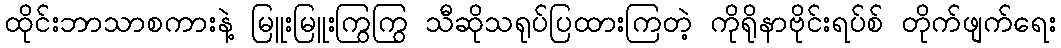
ထိုင်းဘာသာစကားနဲ့ မြူးမြူးကြွကြွ သီဆိုသရုပ်ပြထားကြတဲ့ ကိုရိုနာဗိုင်းရပ်စ် တိုက်ဖျက်ရေး